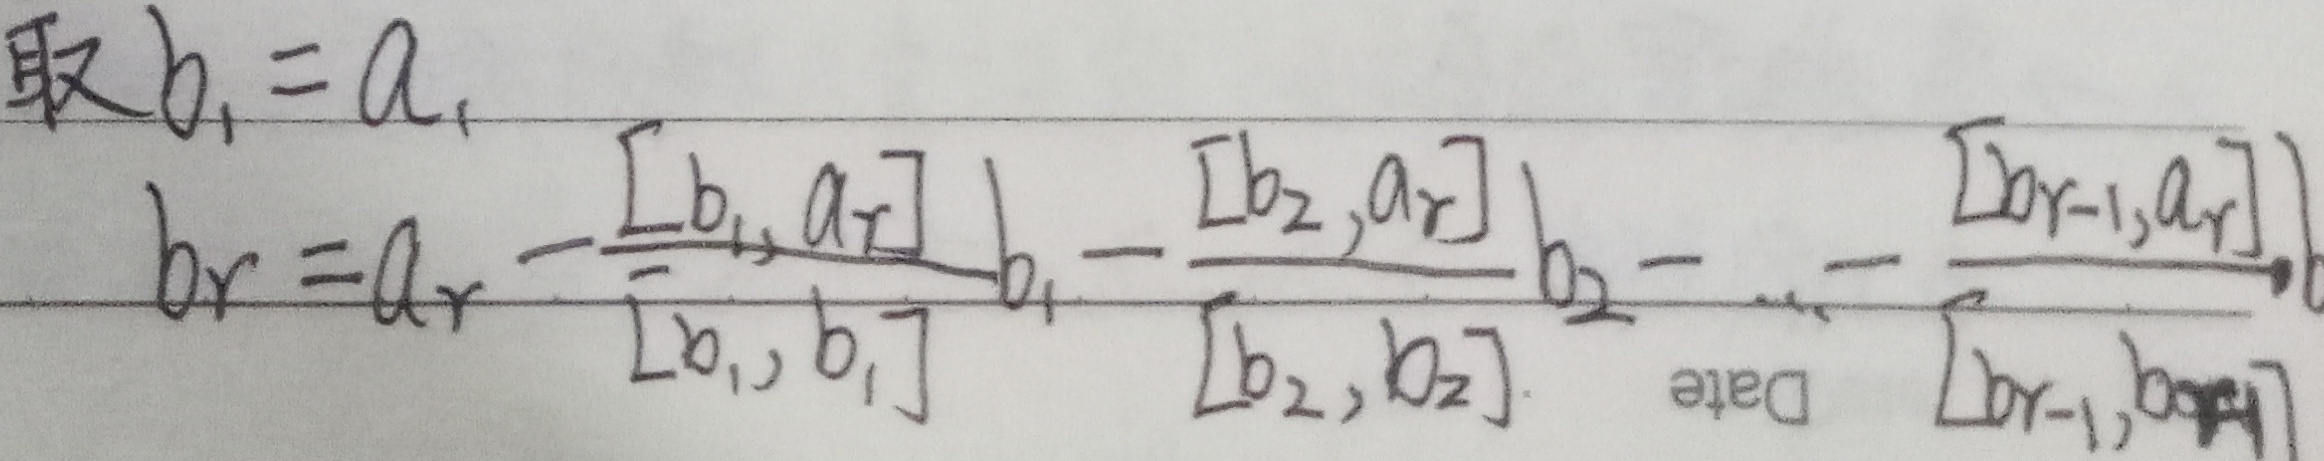
取\(b_1 = a_1\)

\[
b_r = a_r - \frac{[b_1, a_r]}{[b_1, b_1]}b_1 - \frac{[b_2, a_r]}{[b_2, b_2]}b_2 - \cdots - \frac{[b_{r - 1}, a_r]}{[b_{r - 1}, b_{r - 1}]}b_{r - 1}
\]